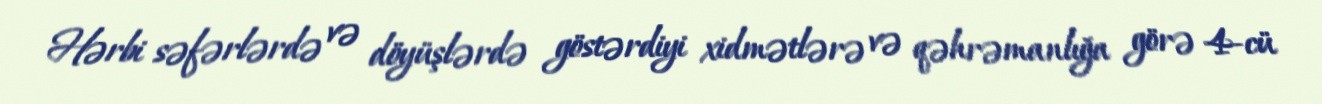
Hərbi səfərlərdə və döyüşlərdə göstərdiyi xidmətlərə və qəhrəmanlığa görə 4-cü